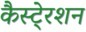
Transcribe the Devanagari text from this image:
कैस्टे्रशन